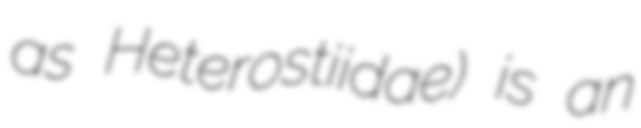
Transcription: as Heterostiidae) is an